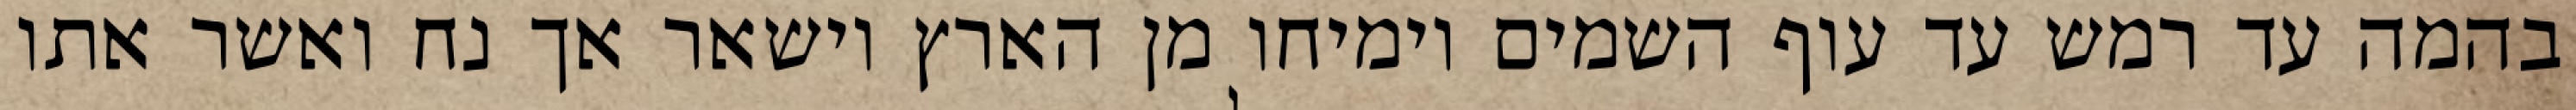
בהמה עד רמש עד עוף השמים וימיחו מן הארץ וישאר אך נח ואשר אתו